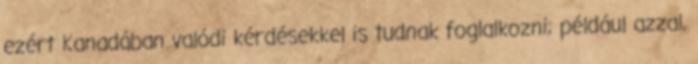
ezért Kanadában valódi kérdésekkel is tudnak foglalkozni; például azzal,